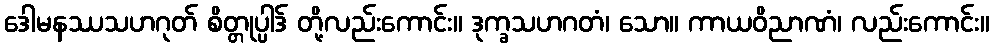
ဒေါမနဿသဟဂုတ် စိတ္တုပ္ပါဒ် တို့လည်းကောင်း။ ဒုက္ခသဟဂတံ၊ သော။ ကာယဝိညာဏံ၊ လည်းကောင်း။